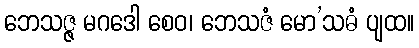
ဘေသဇ္ဇ မဂဒေါ စေဝ၊ ဘေသဇံ မော’သဓံ ပျထ။